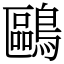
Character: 鷗